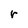
Character: r